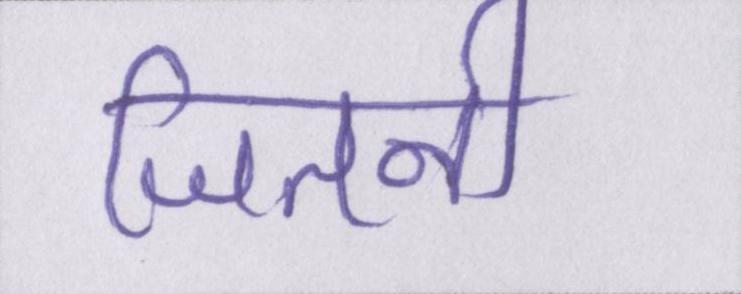
जितनी